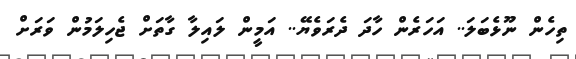
ތިހެން ނޫޅެބަލަ.. އަހަރެން ހާދަ ދެރަވެޔޭ.. އަމީން ލައިލާ ގާތަށް ޖެހިލަމުން ވަރަށް